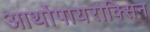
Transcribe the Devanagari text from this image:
आर्थोपायरोक्सिन